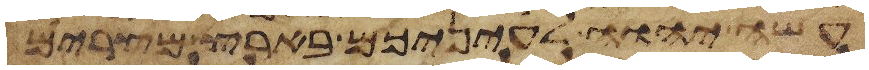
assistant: עשה יהוה לעיניכם בארץ מצרים